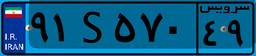
۹۱S۵۷۰۴۹